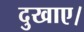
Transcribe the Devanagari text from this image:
दुखाए।